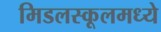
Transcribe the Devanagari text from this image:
मिडलस्कूलमध्ये